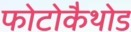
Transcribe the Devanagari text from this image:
फोटोकैथोड